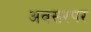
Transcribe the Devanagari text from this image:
अवसरपर